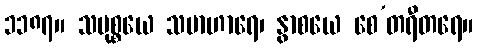
၁၁၈၇။ သမုစ္စယေ သမာဟာရေ၊ နွာစယေ စေ’တရီတရေ။